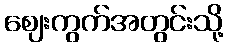
ဈေးကွက်အတွင်းသို့